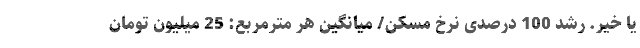
یا خیر. رشد 100 درصدی نرخ مسکن/ میانگین هر مترمربع: 25 میلیون تومان